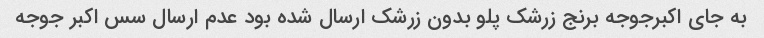
به جای اکبرجوجه برنج زرشک پلو بدون زرشک ارسال شده بود عدم ارسال سس اکبر جوجه